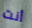
أنت